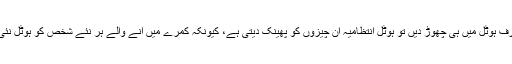
یہ تمام چیزیں اگر صارف ہوٹل میں ہی چھوڑ دیں تو ہوٹل انتظامیہ ان چیزوں کو پھینک دیتی ہے، کیونکہ کمرے میں آنے والے ہر نئے شخص کو ہوٹل نئی چیزیں فراہم کرتا ہے۔